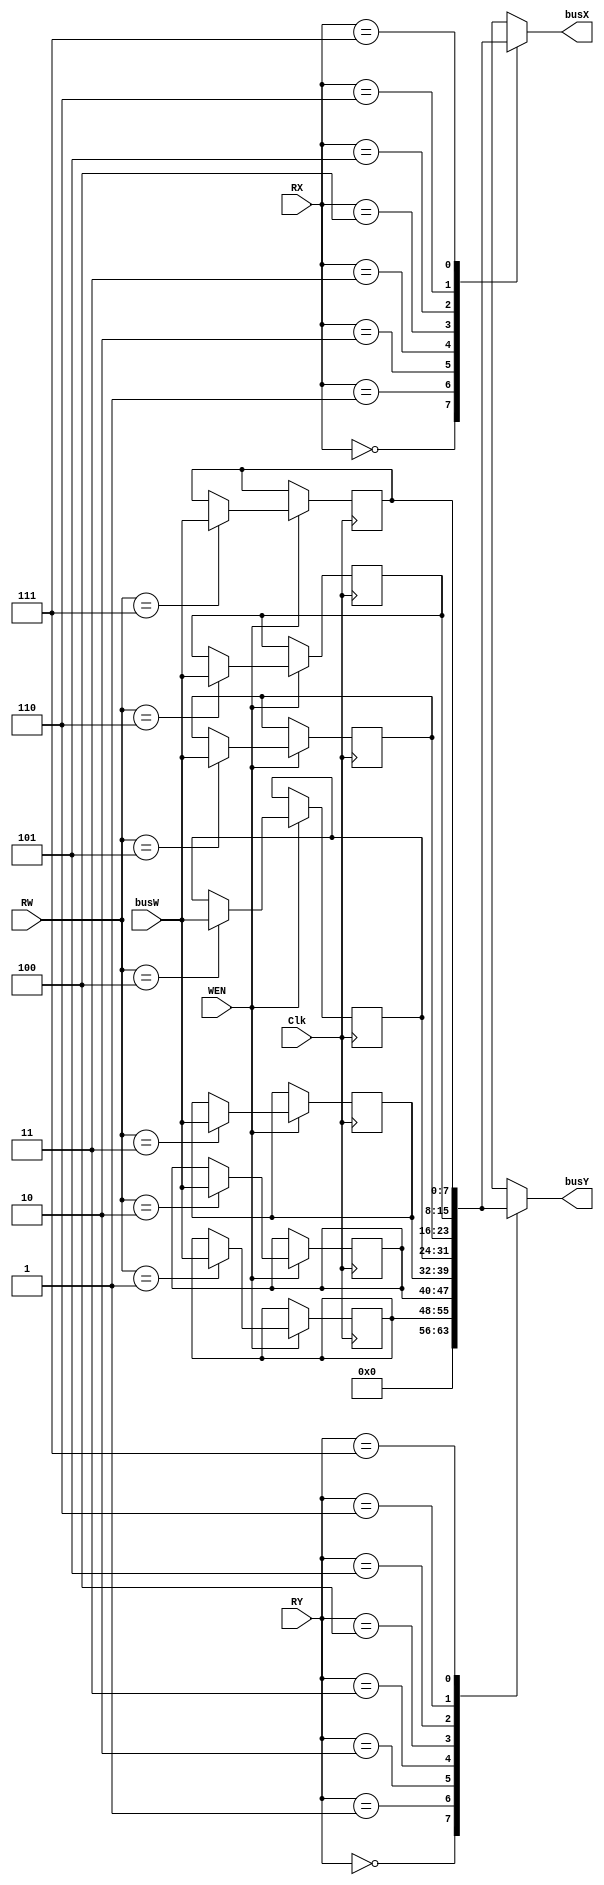
module register_file(
    Clk  ,
    WEN  ,
    RW   ,
    busW ,
    RX   ,
    RY   ,
    busX ,
    busY
);
input        Clk, WEN;
input  [2:0] RW, RX, RY;
input  [7:0] busW;
output [7:0] busX, busY;
    
// write your design here
//reg [7:0] r0_w, r1_w, r2_w, r3_w, r4_w, r5_w, r6_w, r7_w;
//reg [7:0] r0_r, r1_r, r2_r, r3_r, r4_r, r5_r, r6_r, r7_r;
reg [7:0] r_w [0:7];
reg [7:0] busY_reg, busX_reg;



always@(*) begin
    case (RX)
        0: busX_reg = 0;
        1: busX_reg = r_w[1];
        2: busX_reg = r_w[2];
        3: busX_reg = r_w[3];
        4: busX_reg = r_w[4];
        5: busX_reg = r_w[5];
        6: busX_reg = r_w[6];
        7: busX_reg = r_w[7];
    default: busX_reg = 16'hXXXX;
    endcase
   case (RY)
        0: busY_reg = 0;
        1: busY_reg = r_w[1];
        2: busY_reg = r_w[2];
        3: busY_reg = r_w[3];
        4: busY_reg = r_w[4];
        5: busY_reg = r_w[5];
        6: busY_reg = r_w[6];
        7: busY_reg = r_w[7];
    default: busY_reg = 16'hXXXX;
    endcase
end

always@(posedge Clk) begin
    if (WEN) 
        case (RW) 
            //0: r_w[0] <= busW;
            1: r_w[1] <= busW;
            2: r_w[2] <= busW;
            3: r_w[3] <= busW;
            4: r_w[4] <= busW;
            5: r_w[5] <= busW;
            6: r_w[6] <= busW;
            7: r_w[7] <= busW;
        endcase
end	
assign busX= busX_reg;
assign busY= busY_reg;

endmodule